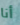
أنا